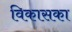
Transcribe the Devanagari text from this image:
विकासका